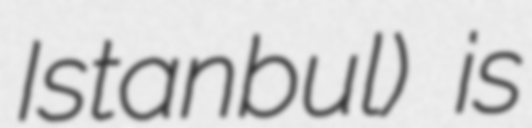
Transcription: Istanbul) is